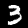
Digit: 3